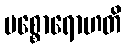
ပစ္စောရောဟတိ